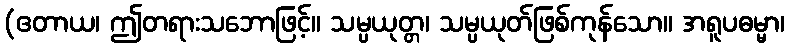
(ဧတာယ၊ ဤတရားသဘောဖြင့်။ သမ္ပယုတ္တ၊ သမ္ပယုတ်ဖြစ်ကုန်သော။ အရူပဓမ္မာ၊